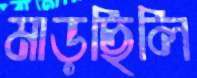
মাড়ছিলি